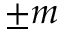
\pm m